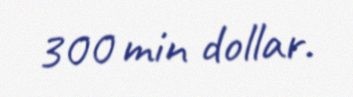
300 min dollar.